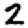
Digit: 2